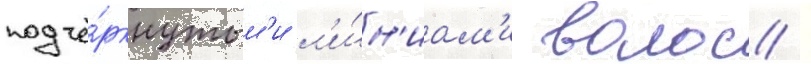
подчё́ркнутым'и л'и́н'иам'и волос /